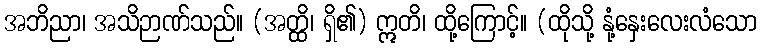
အဘိညာ၊ အသိဉာဏ်သည်။ (အတ္ထိ၊ ရှိ၏) ဣတိ၊ ထို့ကြောင့်။ (ထိုသို့ နုံ့နှေးလေးလံသော